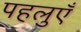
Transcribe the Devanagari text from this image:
पहलुएँ